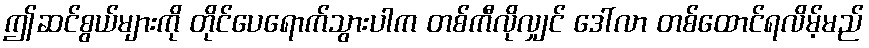
ဤဆင်စွယ်များကို တိုင်ပေရောက်သွားပါက တစ်ကီလိုလျှင် ဒေါ်လာ တစ်ထောင်ရလိမ့်မည်